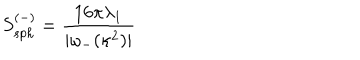
LaTeX: S _ { s p h } ^ { ( - ) } = \frac { 1 6 \pi \lambda _ { 1 } } { | \omega _ { - } ( \kappa ^ { 2 } ) | }